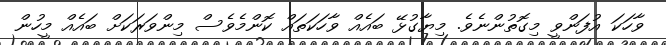
ވާހަކަ އުފަންވީ މިގޮތުންނެވެ. މިޔާގުޅޭ ބައެެއް ވާހަކަތައް ކޮންމެވެސް މިންވަރަކަށް ބައެއް މީހުން